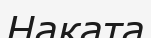
Наката